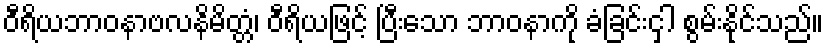
ဝီရိယဘာဝနာဗလနိမိတ္တံ၊ ဝီရိယဖြင့် ပြီးသော ဘာဝနာကို ခံခြင်းငှါ စွမ်းနိုင်သည်။